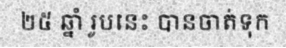
២៥ ឆ្នាំ រូបនេះ បានចាត់ទុក